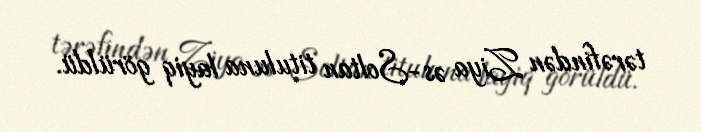
tərəfindən Ziya əs-Soltan tituluna layiq görüldü.